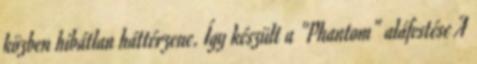
közben hibátlan háttérzene. Így készült a "Phantom" aláfestése A